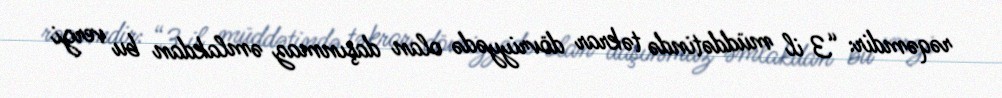
rəqəmdir: “3 il müddətində təkrar dövriyyədə olan daşınmaz əmlakdan bu vergi